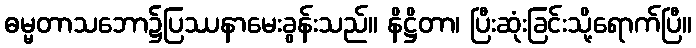
ဓမ္မတာသဘော၌ပြဿနာမေးခွန်းသည်။ နိဋ္ဌိတာ၊ ပြီးဆုံးခြင်းသို့ရောက်ပြီ။